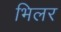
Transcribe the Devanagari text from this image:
भिलर